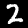
Label: 2